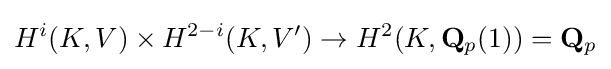
H^{i}(K,V)\times H^{2-i}(K,V^{\prime })\rightarrow H^{2}(K,\mathbf {Q} _{p}(1))=\mathbf {Q} _{p}